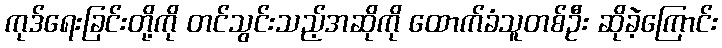
ကုဒ်ရေးခြင်းတို့ကို တင်သွင်းသည့်အဆိုကို ထောက်ခံသူတစ်ဦး ဆိုခဲ့ကြောင်း